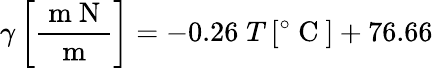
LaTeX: \gamma\left[\frac{\mathrm{~m~N~}}{\mathrm{~m~}}\right]=-0.26\; T\, [^{\circ}\mathrm{~C~}]+76.66